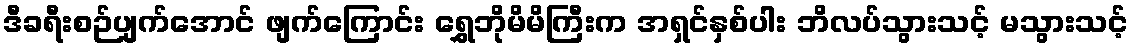
ဒီခရီးစဉ်ပျက်အောင် ဖျက်ကြောင်း ရွှေဘိုမိမိကြီးက အရှင်နှစ်ပါး ဘိလပ်သွားသင့် မသွားသင့်